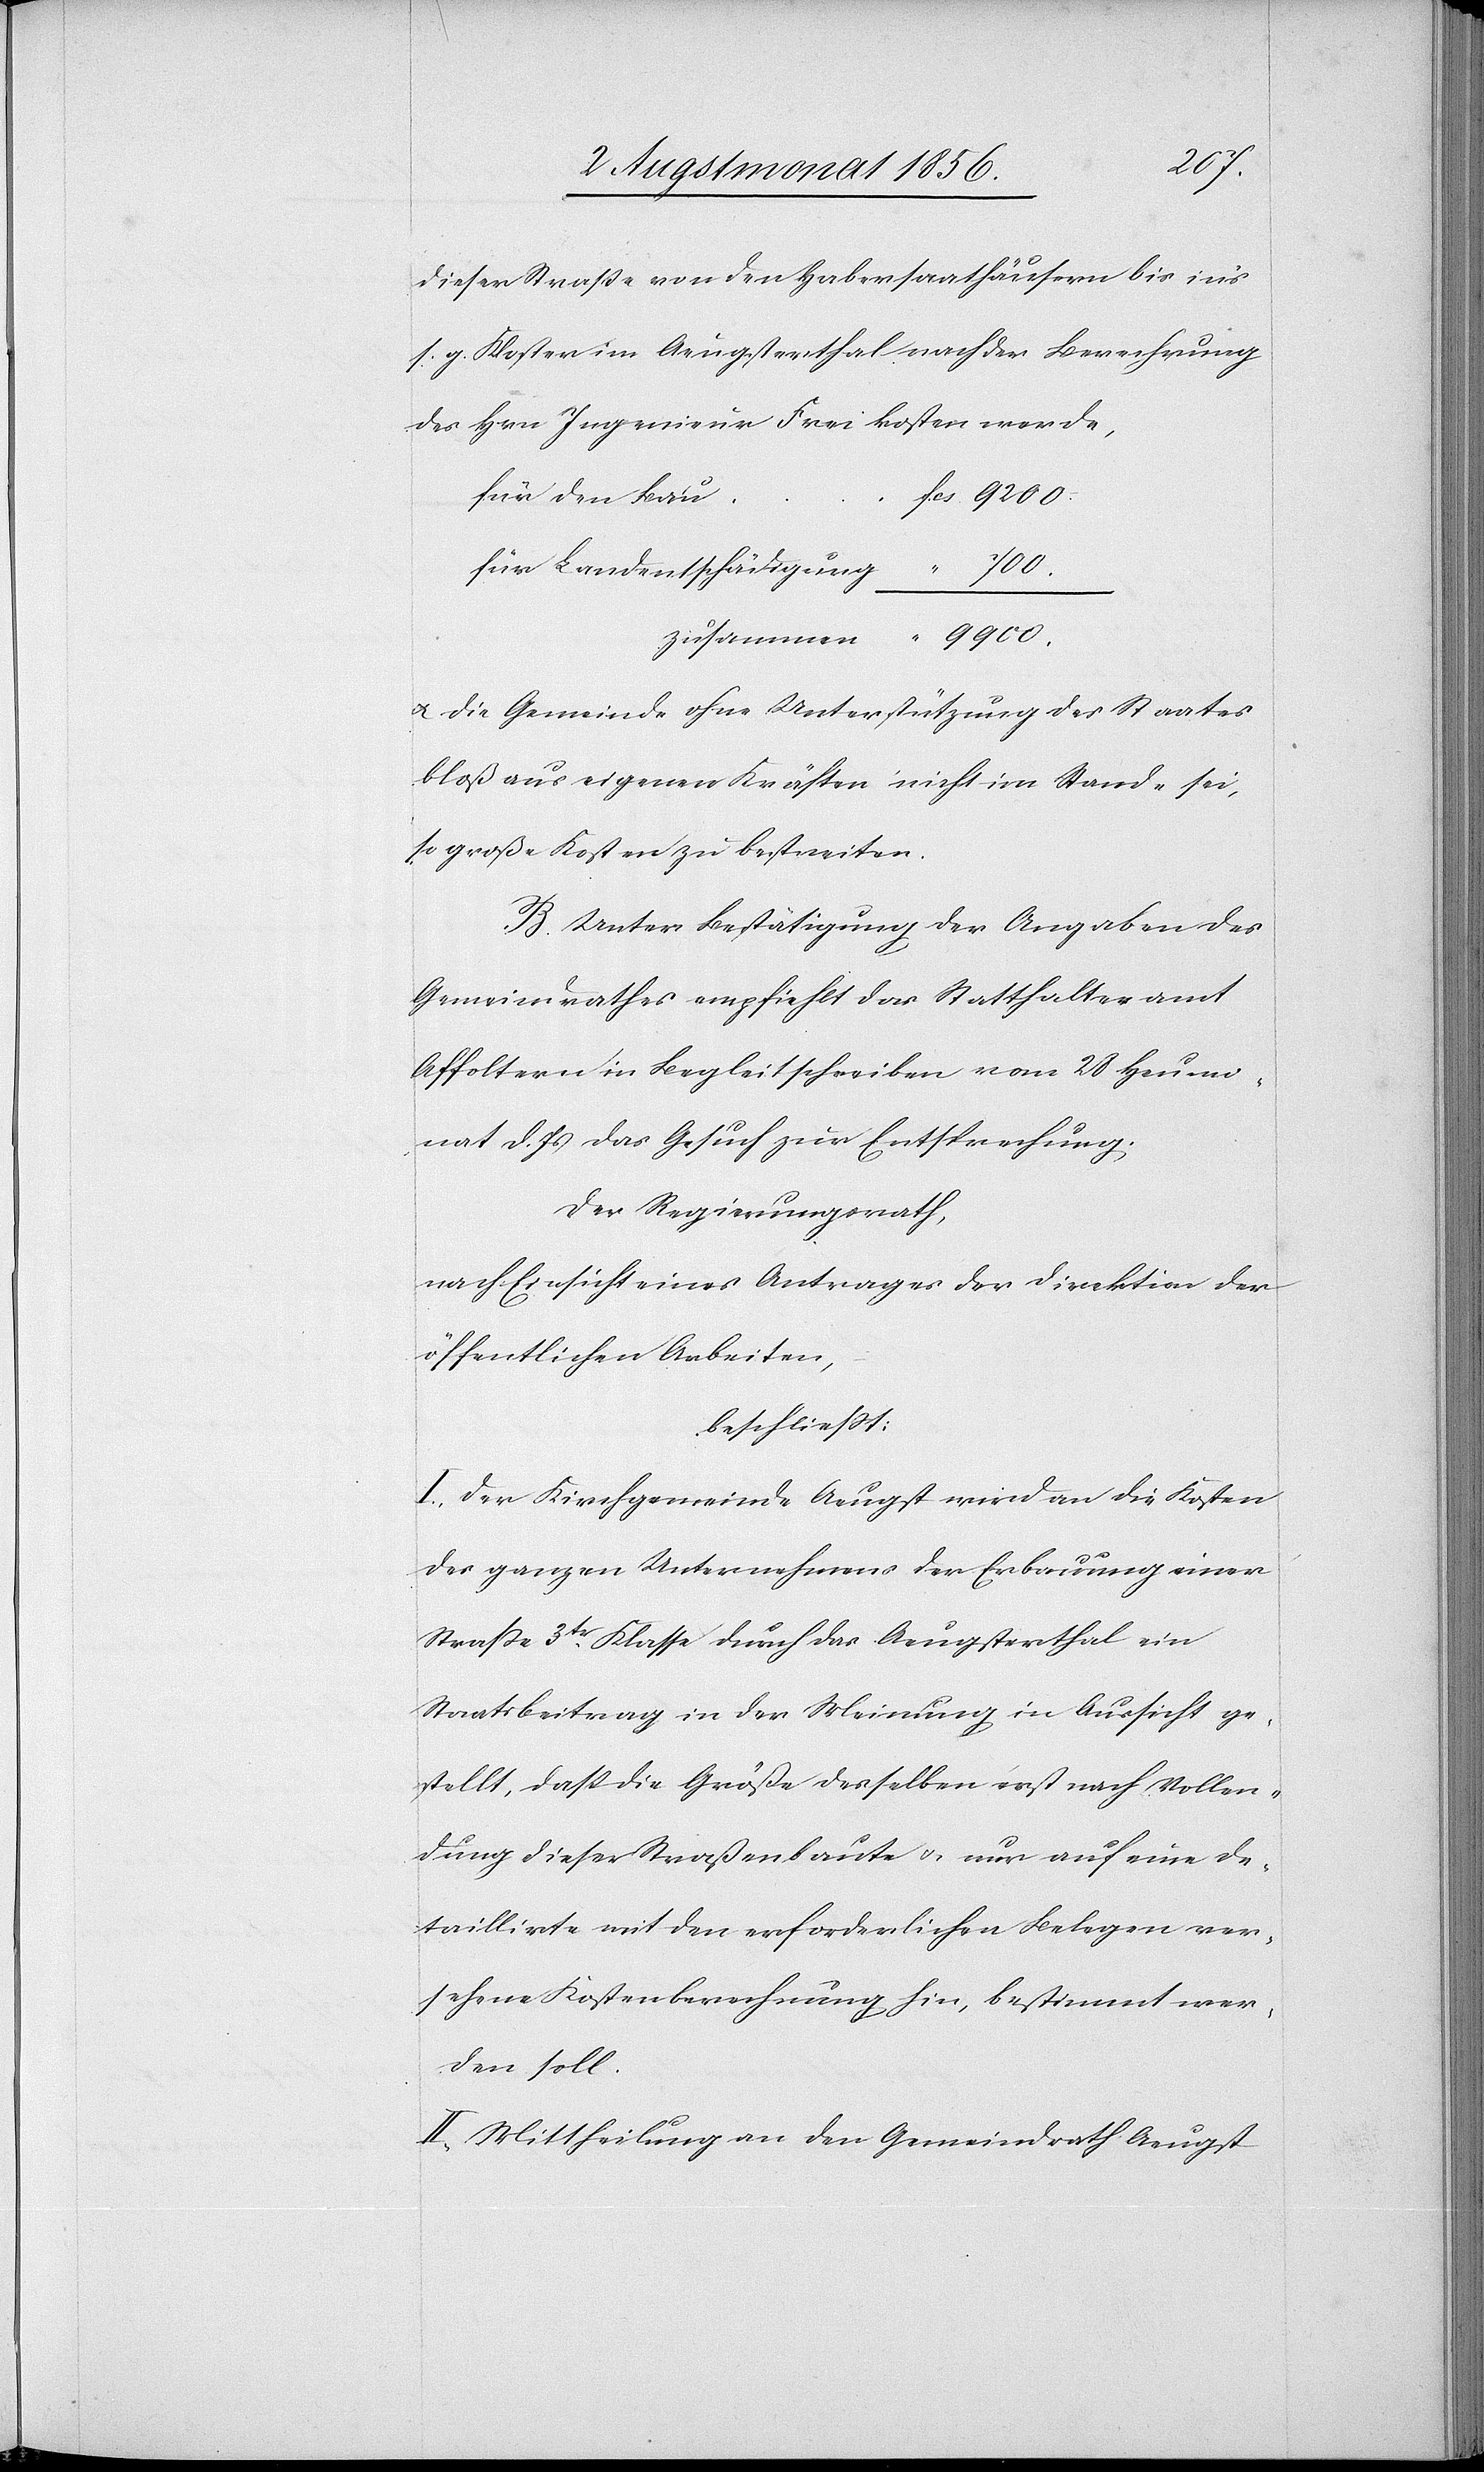
dieser Strasse von den Habersaathäusern bis in's
s. g. Kloster im Aeugsterthal nach der Berechnung
des Hrn Ingenieur Frei kosten werde,
fcs. 9200.
für den Bau
für Landentschädigung
9900.
zusammen “
u. die Gemeinde ohne Unterstützung des Staates
bloß aus eigenen Kräften nicht im Stande sei,
so große Kosten zu bestreiten.
B. Unter Bestätigung der Angaben des
Gemeindrathes empfiehlt das Statthalteramt
Affoltern in Begleitschreiben vom 28 Heumo¬
nat d. Js das Gesuch zur Entsprechung.
Der Regierungsrath,
nach Einsicht eines Antrages der Direktion der
öffentlichen Arbeiten,
beschliesst:
I.) Der Kirchgemeinde Aeugst wird an die Kosten
des ganzen Unternehmens der Erbauung einer
Strasse 3tr Klasse durch das Aeugsterthal ein
Staatsbeitrag in der Meinung in Aussicht ge¬
stellt, dass die Größe desselben erst nach Vollen¬
dung dieser Straßenbaute u. nur auf eine de¬
taillirte mit den erforderlichen Belegen ver¬
sehene Kostenberechnung hin, bestimmt wer¬
den soll.
II.) Mittheilung an den Gemeindrath Aeugst